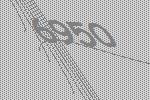
6950